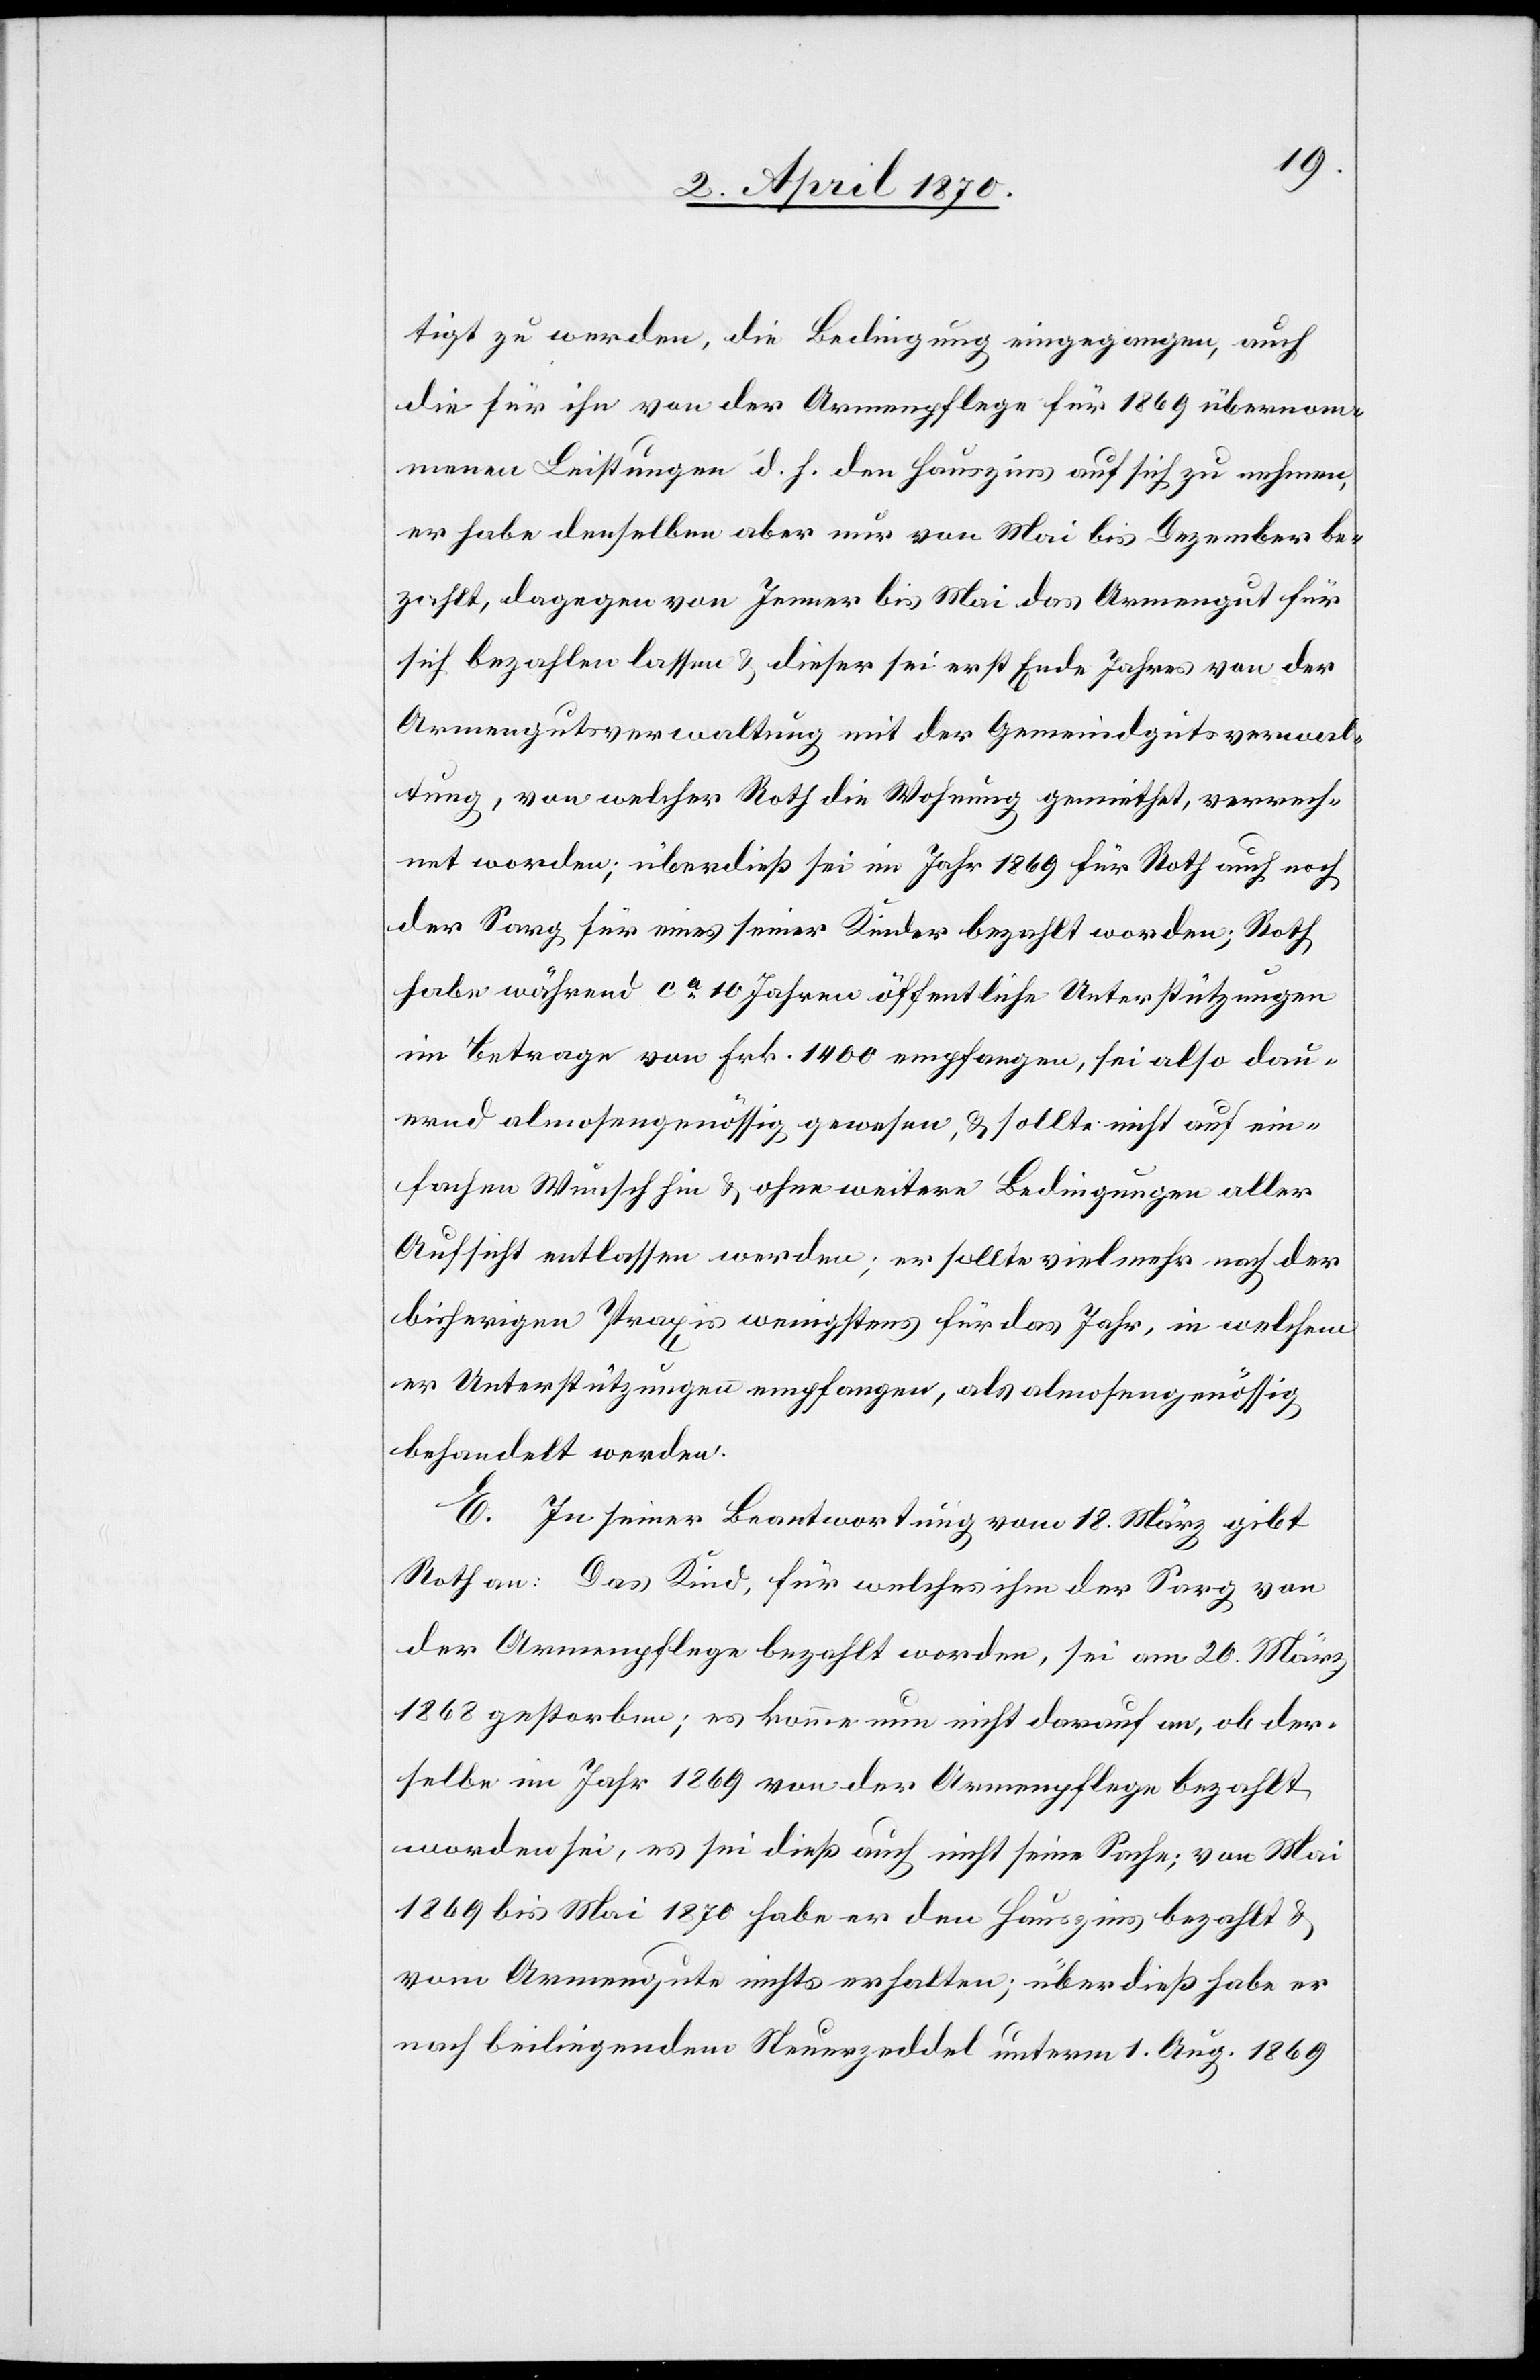
tigt zu werden, die Bedingung eingegangen, auch
die für ihn von der Armenpflege für 1869 übernom¬
menen Leistungen d. h. den Hauszins auf sich zu nehmen,
er habe denselben aber nur von Mai bis Dezember be¬
zahlt, dagegen von Jenner bis Mai das Armengut für
sich bezahlen lassen & dieser sei erst Ende Jahres von der
Armengutsverwaltung mit der Gemeindsgutsverwal¬
tung, von welcher Roth die Wohnung gemiethet, verrech¬
net worden; überdieß sei im Jahr 1869 für Roth auch noch
der Sarg für eines seiner Kinder bezahlt worden; Roth
habe während ca 10 Jahren öffentliche Unterstützungen
im Betrage von Frk. 1400 empfangen, sei also dau¬
ernd almosengenössig gewesen, & sollte nicht auf ein¬
fachen Wunsch hin & ohne weitere Bedingungen aller
Aufsicht entlassen werden; er sollte vielmehr nach der
bisherigen Praxis wenigstens für das Jahr, in welchem
er Unterstützungen empfangen, als almosengenössig
behandelt werden.
E. In seiner Beantwortung vom 18. März gibt
Roth an: Das Kind, für welches ihm der Sarg von
der Armenpflege bezahlt worden, sei am 20. März
1868 gestorben; es komme nun nicht darauf an, ob der¬
selbe im Jahr 1869 von der Armenpflege bezahlt
worden sei, es sei dieß auch nicht seine Sache; von Mai
1868 bis Mai 1870 habe er den Hauszins bezahlt &
vom Armengute nichts erhalten, überdieß habe er
nach beiliegendem Steuerzeddel unterm 1. Aug. 1869